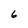
Character: 6